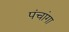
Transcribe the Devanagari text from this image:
पंचांगा